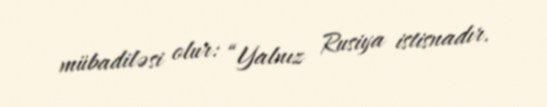
mübadiləsi olur: “Yalnız Rusiya istisnadır.